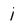
Character: i